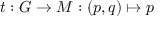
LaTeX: t : G \to M : ( p , q ) \mapsto p